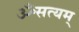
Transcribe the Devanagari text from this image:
ॐसत्यम्